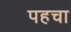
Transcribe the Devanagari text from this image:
पहचा